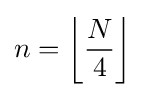
n=\left\lfloor {\frac {N}{4}}\right\rfloor